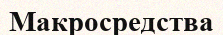
Макросредства